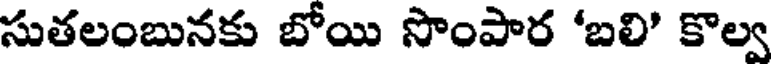
సుతలంబునకు బోయి సొంపార 'బలి' కొల్వ